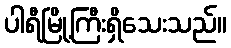
ပါရီမြို့ကြီးရှိသေးသည်။